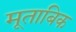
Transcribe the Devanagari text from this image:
मूताबिक